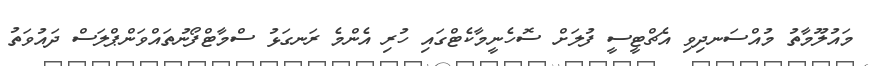
މައުލޫމާތު މުއްސަނދިވި އެޗްޓީސީ ފުލަށް ސޮހެނީމާކެޓްގައި ހުރި އެންމެ ރަނގަޅު ސްމާޓްފޯނުތައްވަންޕްލަސް ދައުވަތު